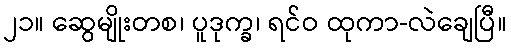
၂၁။ ဆွေမျိုးတစ၊ ပူဒုက္ခ၊ ရင်ဝ ထုကာ-လဲချေပြီ။